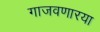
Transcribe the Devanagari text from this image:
गाजवणारया